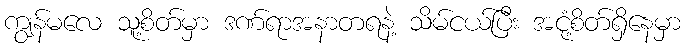
ကျွန်မလေ သူ့စိတ်မှာ ဒဏ်ရာအနာတရနဲ့ သိမ်ငယ်ပြီး အငုံ့စိတ်ရှိနေမှာ